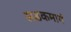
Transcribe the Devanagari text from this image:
सडकमार्ग